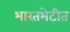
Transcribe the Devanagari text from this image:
भारतभेटीत